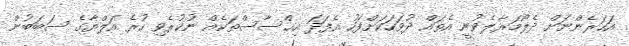
އަހަރެންނަށް ދެލޯމަރާލެވުނީ އެތައް ދުވަހަކަށްފަހު އެފަދަ އިޙްސާސްތަކެއް ނުކުރެވި ހުރެ އަލްޔާގެ ސަބަބުން